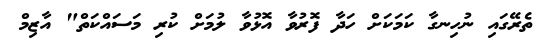
ތެރޭގައި ނުހިނގާ ކަމަކަށް ހަދާ ފޮރުވާ އޮޅުވާ ލުމަށް ކުރި މަސައްކަތް" އާޒިމް